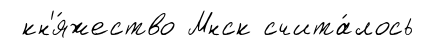
кн'я́жество Мнск счита́лось